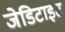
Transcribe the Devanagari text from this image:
जेडिटाइट